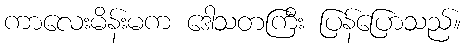
ကာလေးမိန်းမက ဒေါသတကြီး ပြန်ပြောသည်။